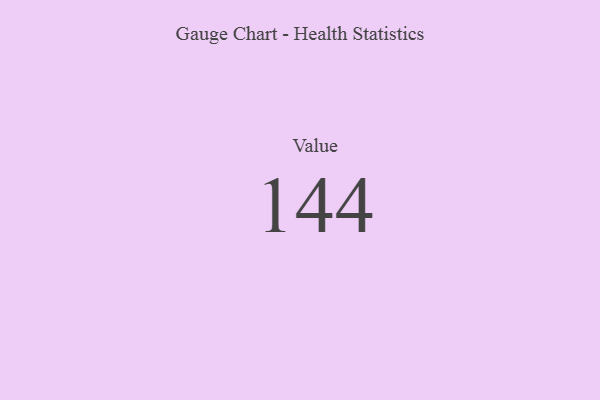
{"axis": {"x": "Metric", "y": "Value"}, "legend": [""], "data": [{"x": "Value", "y": 144, "type": ""}]}